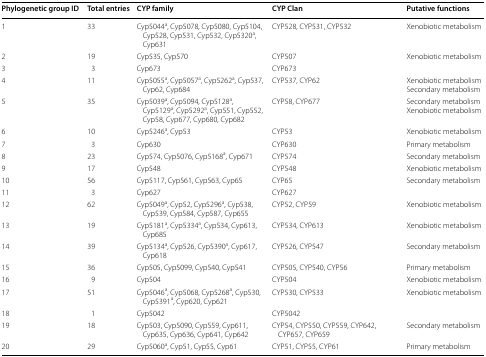
<table><thead><tr><td><b>Phylogenetic group ID</b></td><td><b>Total entries</b></td><td><b>CYP family</b></td><td><b>CYP Clan</b></td><td><b>Putative functions</b></td></tr></thead><tbody><tr><td>1</td><td>33</td><td>Cyp5044<sup>a</sup>, Cyp5078, Cyp5080, Cyp5104, Cyp528, Cyp531, Cyp532, Cyp5320<sup>a</sup>, Cyp631</td><td>CYP528, CYP531, CYP532</td><td>Xenobiotic metabolism</td></tr><tr><td>2</td><td>19</td><td>Cyp535, Cyp570</td><td>CYP507</td><td>Xenobiotic metabolism</td></tr><tr><td>3</td><td>3</td><td>Cyp673</td><td>CYP673</td><td></td></tr><tr><td>4</td><td>11</td><td>Cyp5055<sup>a</sup>, Cyp5057<sup>a</sup>, Cyp5262<sup>a</sup>, Cyp537, Cyp62, Cyp684</td><td>CYP537, CYP62</td><td>Xenobiotic metabolismSecondary metabolism</td></tr><tr><td>5</td><td>35</td><td>Cyp5039<sup>a</sup>, Cyp5094, Cyp5128<sup>a</sup>, Cyp5129<sup>a</sup>, Cyp5292<sup>a</sup>, Cyp551, Cyp552, Cyp58, Cyp677, Cyp680, Cyp682</td><td>CYP58, CYP677</td><td>Secondary metabolismXenobiotic metabolism</td></tr><tr><td>6</td><td>10</td><td>Cyp5246<sup>a</sup>, Cyp53</td><td>CYP53</td><td>Xenobiotic metabolism</td></tr><tr><td>7</td><td>3</td><td>Cyp630</td><td>CYP630</td><td>Primary metabolism</td></tr><tr><td>8</td><td>23</td><td>Cyp574, Cyp5076, Cyp5168<sup>a</sup>, Cyp671</td><td>CYP574</td><td>Secondary metabolism</td></tr><tr><td>9</td><td>17</td><td>Cyp548</td><td>CYP548</td><td>Xenobiotic metabolism</td></tr><tr><td>10</td><td>56</td><td>Cyp5117, Cyp561, Cyp563, Cyp65</td><td>CYP65</td><td>Secondary metabolism</td></tr><tr><td>11</td><td>3</td><td>Cyp627</td><td>CYP627</td><td></td></tr><tr><td>12</td><td>62</td><td>Cyp5049<sup>a</sup>, Cyp52, Cyp5296<sup>a</sup>, Cyp538, Cyp539, Cyp584, Cyp587, Cyp655</td><td>CYP52, CYP59</td><td>Xenobiotic metabolism</td></tr><tr><td>13</td><td>19</td><td>Cyp5181<sup>a</sup>, Cyp5334<sup>a</sup>, Cyp534, Cyp613, Cyp685</td><td>CYP534, CYP613</td><td>Xenobiotic metabolism</td></tr><tr><td>14</td><td>39</td><td>Cyp5134<sup>a</sup>, Cyp526, Cyp5390<sup>a</sup>, Cyp617, Cyp618</td><td>CYP526, CYP547</td><td>Secondary metabolism</td></tr><tr><td>15</td><td>36</td><td>Cyp505, Cyp5099, Cyp540, Cyp541</td><td>CYP505, CYP540, CYP56</td><td>Primary metabolism</td></tr><tr><td>16</td><td>9</td><td>Cyp504</td><td>CYP504</td><td>Xenobiotic metabolism</td></tr><tr><td>17</td><td>51</td><td>Cyp5046<sup>a</sup>, Cyp5068, Cyp5268<sup>a</sup>, Cyp530, Cyp5391<sup>a</sup>, Cyp620, Cyp621</td><td>CYP530, CYP533</td><td>Xenobiotic metabolism</td></tr><tr><td>18</td><td>1</td><td>Cyp5042</td><td>CYP5042</td><td></td></tr><tr><td>19</td><td>18</td><td>Cyp503, Cyp5090, Cyp559, Cyp611, Cyp635, Cyp636, Cyp641, Cyp642</td><td>CYP54, CYP550, CYP559, CYP642, CYP657, CYP659</td><td>Secondary metabolism</td></tr><tr><td>20</td><td>29</td><td>Cyp5060<sup>a</sup>, Cyp51, Cyp55, Cyp61</td><td>CYP51, CYP55, CYP61</td><td>Primary metabolism</td></tr></tbody></table>